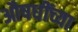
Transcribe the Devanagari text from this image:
औषधींच्या